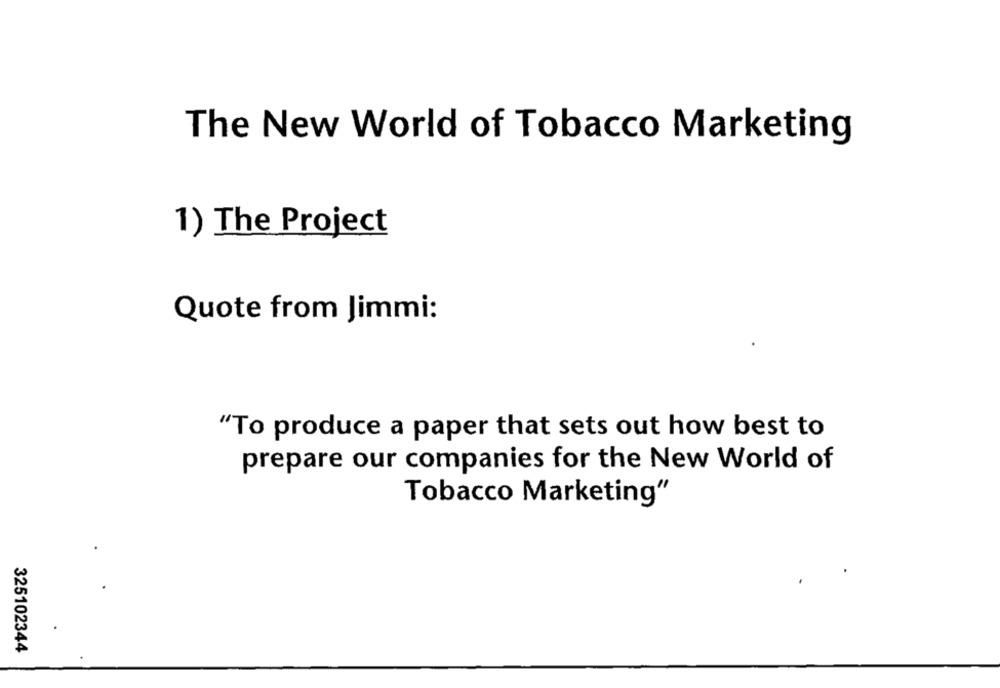
The New World of Tobacco Marketing
1) The Project
Quote from Jimmi:
"To produce a paper that sets out how best to
prepare our companies for the New World of
Tobacco Marketing"
325102344